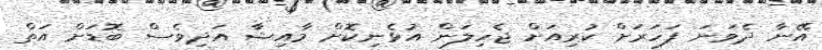
އޭނާ ދެވަނަ ފަހަރަށް ކުރިއަށް ޖެހިލަން އުޅެނިކޮށް މާއިޝާ އަދިވެސް ބޮޑަށް އަތް